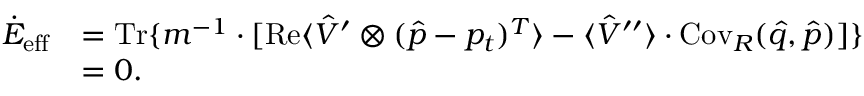
\begin{array} { r l } { \dot { E } _ { \mathrm { e f f } } } & { = \operatorname { T r } \{ m ^ { - 1 } \cdot \lbrack \operatorname { R e } \langle \hat { V } ^ { \prime } \otimes ( \hat { p } - p _ { t } ) ^ { T } \rangle - \langle \hat { V } ^ { \prime \prime } \rangle \cdot \operatorname { C o v } _ { R } ( \hat { q } , \hat { p } ) ] \} } \\ & { = 0 . } \end{array}